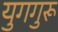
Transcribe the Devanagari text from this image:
युगगुरू